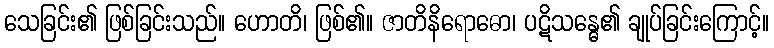
သေခြင်း၏ ဖြစ်ခြင်းသည်။ ဟောတိ၊ ဖြစ်၏။ ဇာတိနိရောဓော၊ ပဋိသန္ဓေ၏ ချုပ်ခြင်းကြောင့်။